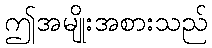
ဤအမျိုးအစားသည်